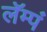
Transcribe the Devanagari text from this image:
लॅम्पं